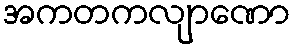
အကတကလျာဏော